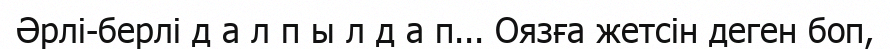
Әрлі-берлі д а л п ы л д а п... Оязға жетсін деген боп,